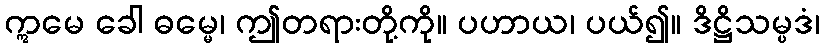
ဣမေ ခေါ ဓမ္မေ၊ ဤတရားတို့ကို။ ပဟာယ၊ ပယ်၍။ ဒိဋ္ဌိသမ္ပဒံ၊